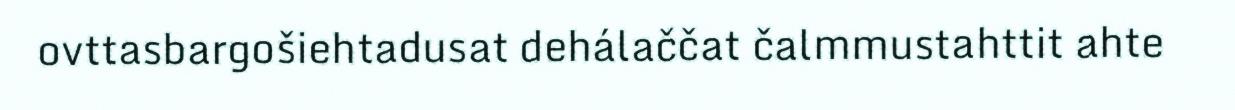
ovttasbargošiehtadusat dehálaččat čalmmustahttit ahte